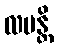
လပန္တိ